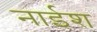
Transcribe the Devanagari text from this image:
नाईश